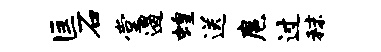
匡石堂遏蝗送扈过秣